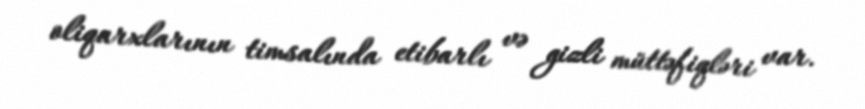
oliqarxlarının timsalında etibarlı və gizli müttəfiqləri var.